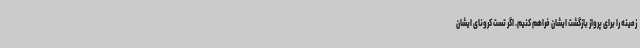
زمینه را برای پرواز بازگشت ایشان فراهم کنیم. اگر تست کرونای ایشان